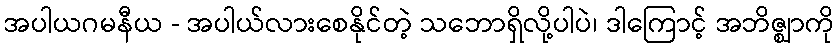
အပါယဂမနီယ - အပါယ်လားစေနိုင်တဲ့ သဘောရှိလို့ပါပဲ၊ ဒါကြောင့် အဘိဇ္ဈာကို